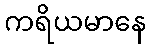
ကရိယမာနေ